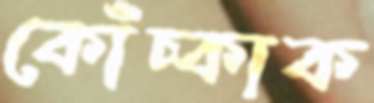
কোঁচ্‌কাক